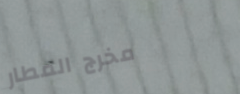
مخرج المطار